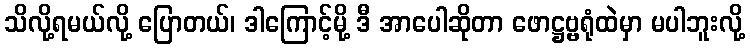
သိလို့ရမယ်လို့ ပြောတယ်၊ ဒါကြောင့်မို့ ဒီ အာပေါဆိုတာ ဖောဋ္ဌဗ္ဗရုံထဲမှာ မပါဘူးလို့